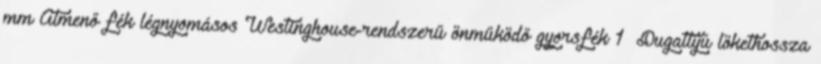
mm Átmenő fék légnyomásos Westinghouse-rendszerű önműködő gyorsfék 1 Dugattyú lökethossza